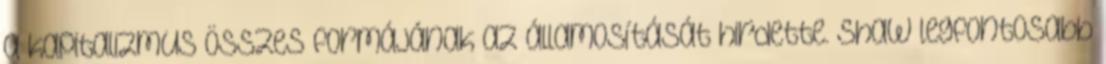
a kapitalizmus összes formájának az államosítását hirdette. Shaw legfontosabb